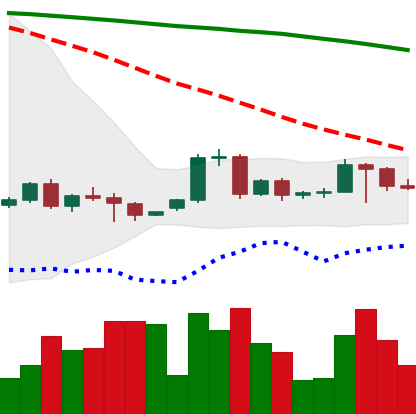
Ticker: BTC-USD
Chart end date: 2022-06-09
Forward return: -26.253%
Label: down_7plus